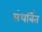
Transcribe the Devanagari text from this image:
संधर्बित